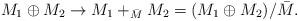
LaTeX: \begin{align*}M_1\oplus M_2 \to M_1+_{\bar M}M_2=(M_1\oplus M_2)/\bar M.\end{align*}